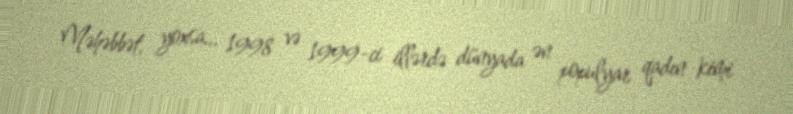
Məhəbbət, yoxsa... 1998 və 1999-ci illərdə dünyada ən populyar qadın kimi